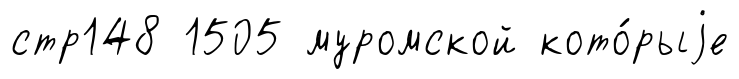
стр148 1505 муромской кото́рыjе